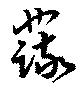
蔬